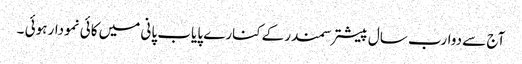
آج سے دوارب سال پیشتر سمندر کےکنارے پایاب پانی میں کائی نمودار ہوئی ۔